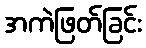
အကဲဖြတ်ခြင်း